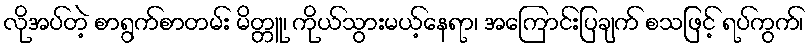
လိုအပ်တဲ့ စာရွက်စာတမ်း မိတ္တူ၊ ကိုယ်သွားမယ့်နေရာ၊ အကြောင်းပြချက် စသဖြင့် ရပ်ကွက်၊